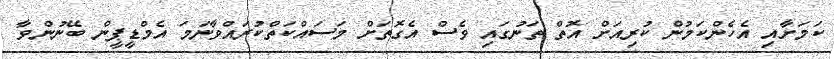
ކަމަށާއި އެހެންކަމުން ކުރިއަށް އޮތް ތަނުގައި ވެސް އެގޮތަށް މަސައްކަތްކުރައްވާނަމަ އެމްޑީޕީން ބޭނުންވާ